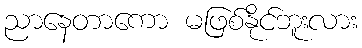
ညာနေတာကော မဖြစ်နိုင်ဘူးလား